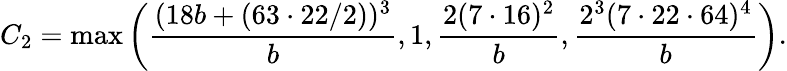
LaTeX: C_{2}=\operatorname*{max}\left(\frac{(18b+(63\cdot 22/2))^{3}}{b},1,\frac{2(7\cdot 16)^{2}}{b},\frac{2^{3}(7\cdot 22\cdot 64)^{4}}{b}\right).